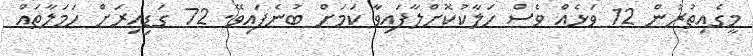
މީގެއިތުރުން 12 ވަޅެއް ވެސް ހަލާކުކޮށްލާފައިވާ ކަމަށް ބުނެފައިވޭ. 72 ގަޑިއިރަށް ހަމަލާތައް